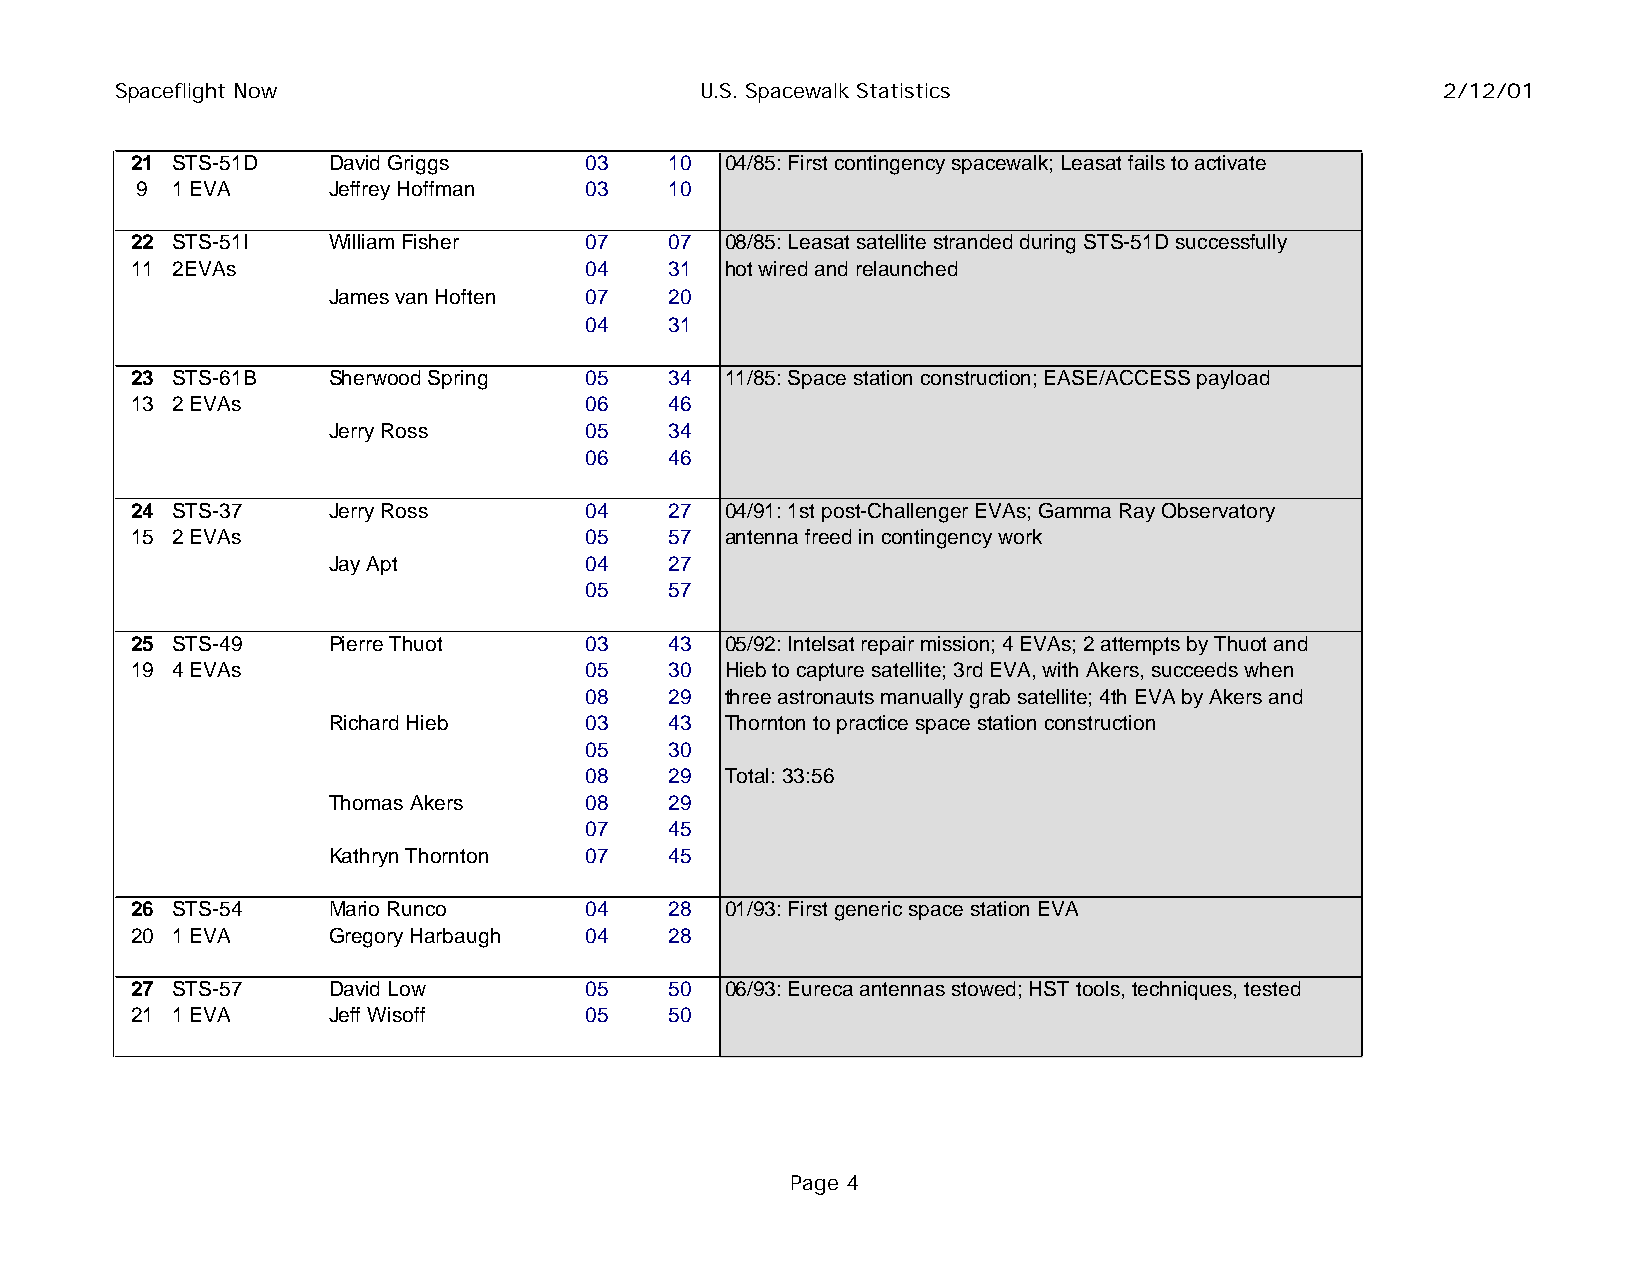
Spaceflight Now                       U.S. Spacewalk Statistics                         2/12/01
 21 STS-51D   David Griggs     03   10  04/85: First contingency spacewalk; Leasat fails to activate
 9 1 EVA      Jeffrey Hoffman  03   10
 22 STS-51I   William Fisher   07   07  08/85: Leasat satellite stranded during STS-51D successfully
 11 2EVAs                      04   31  hot wired and relaunched
 James van Hoften 07   20
 04   31
 23 STS-61B   Sherwood Spring  05   34  11/85: Space station construction; EASE/ACCESS payload
 13 2 EVAs                     06   46
 Jerry Ross       05   34
 06   46
 24 STS-37    Jerry Ross       04   27  04/91: 1st post-Challenger EVAs; Gamma Ray Observatory
 15 2 EVAs                     05   57  antenna freed in contingency work
 Jay Apt          04   27
 05   57
 25 STS-49    Pierre Thuot     03   43  05/92: Intelsat repair mission; 4 EVAs; 2 attempts by Thuot and
 19 4 EVAs                     05   30  Hieb to capture satellite; 3rd EVA, with Akers, succeeds when
 08   29  three astronauts manually grab satellite; 4th EVA by Akers and
 Richard Hieb     03   43  Thornton to practice space station construction
 05   30
 08   29  Total: 33:56
 Thomas Akers     08   29
 07   45
 Kathryn Thornton 07   45
 26 STS-54    Mario Runco      04   28  01/93: First generic space station EVA
 20 1 EVA     Gregory Harbaugh 04   28
 27 STS-57    David Low        05   50  06/93: Eureca antennas stowed; HST tools, techniques, tested
 21 1 EVA     Jeff Wisoff      05   50
 Page 4